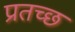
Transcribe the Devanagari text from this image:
प्रतच्छ